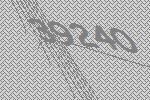
39240